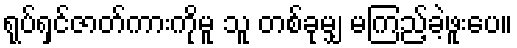
ရုပ်ရှင်ဇာတ်ကားကိုမူ သူ တစ်ခုမျှ မကြည့်ခဲ့ဖူးပေ။